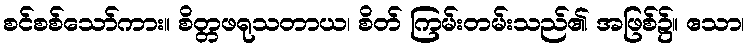
စင်စစ်သော်ကား။ စိတ္တဖရုသတာယ၊ စိတ် ကြမ်းတမ်းသည်၏ အဖြစ်၌။ ဧသာ၊